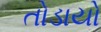
તોડાયો